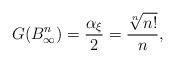
LaTeX: \begin{align*}G(B_{\infty}^n)=\frac{\alpha_{\xi}}{2}= \frac{\sqrt[n]{n!}}{n} , \end{align*}